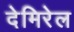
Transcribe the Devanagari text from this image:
देमिरेल